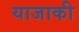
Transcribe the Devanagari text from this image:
याजाकी